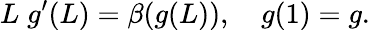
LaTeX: L\; g^{\prime}(L)=\beta(g(L)),\quad g(1)=g.